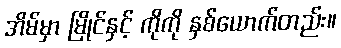
အိမ်မှာ မြိုင်နှင့် ကိုကို နှစ်ယောက်တည်း။